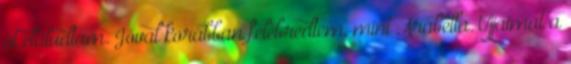
őt elaludtam. Jóval korábban felébredtem, mint Arabella. Ujjaimat a